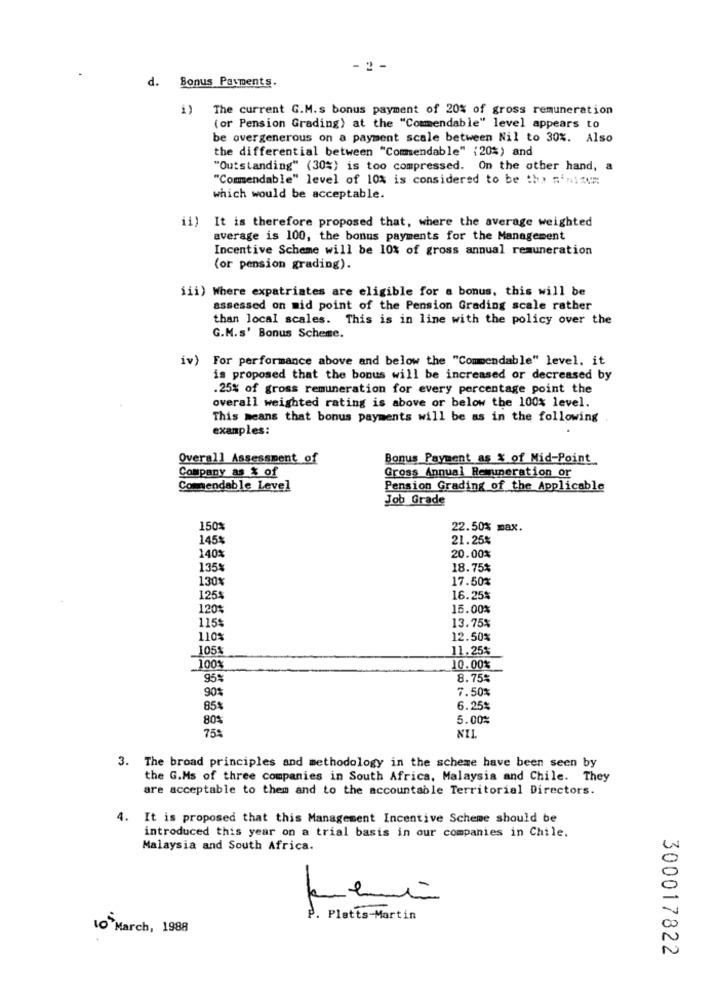
- 2 -
d. Bonus Payments.
i) The current G.M.s bonus payment of 20% of gross remuneration
(or Pension Grading) at the "Commendable" level appears to
be overgenerous on a payment scale between Nil to 30%. Also
the differential between "Comendable" (20%) and
"Outstanding" (30%) is too compressed. On the other hand, a
"Commendable" level of 10% is considered to be the n'aizum
which would be acceptable.
ii)
It is therefore proposed that, where the average weighted
average is 100, the bonus payments for the Management
Incentive Scheme will be 10% of gross annual remuneration
(or pension grading).
iii) Where expatriates are eligible for a bonus, this will be
assessed on mid point of the Pension Grading scale rather
than local scales. This is in line with the policy over the
G.M.s' Bonus Scheme.
iv) For performance above and below the "Commendable" level, it
is proposed that the bonus will be increased or decreased by
.25% of gross remuneration for every percentage point the
overall weighted rating is above or below the 100% level.
This means that bonus payments will be as in the following
examples:
Overall Assessment of
Bonus Payment as X of Mid-Point
Company as & of
Gross Annual Remuneration or
Commendable Level
Pension Grading of the Applicable
Job Grade
150%
22.50% max.
145%
21.25%
140%
20.00%
135%
18.75%
130%
17.50%
1254
16.25%
1201
15.00%
115%
13.75%
1102
12.50%
105
11.25%
100
10.00%
95%
8.75%
901
7.50%
85
6.25%
80%
5.00%
759
3. The broad principles and methodology in the scheme have been seen by
the G.Ms of three companies in South Africa, Malaysia and Chile. They
are acceptable to them and to the accountable Territorial Directors.
4.
It is proposed that this Management Incentive Scheme should be
introduced this year on a trial basis in our companies in Chile.
Malaysia and South Africa.
-
P. Platts-Martin
10 March, 1988
300017822